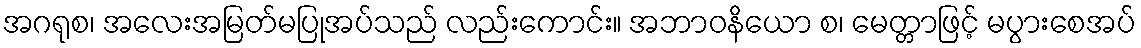
အဂရုစ၊ အလေးအမြတ်မပြုအပ်သည် လည်းကောင်း။ အဘာဝနိယော စ၊ မေတ္တာဖြင့် မပွားစေအပ်